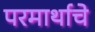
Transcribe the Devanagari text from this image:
परमार्थाचे